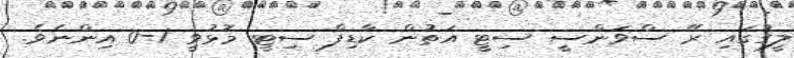
ލީގުގައި ރޭ ސްވަންސީ ސިޓީ އަތުން ކާޑިފް ސިޓީ މޮޅުވީ 1-0 އިންނެވެ.